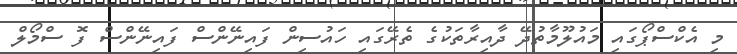
މި އެކްސްޕޯގައި މައުލޫމާތުދޭ ދާއިރާތަކުގެ ތެރޭގައި ހައުސިން ފައިނޭންސް ފައިނޭންސް ފޮ ސްމޯލް